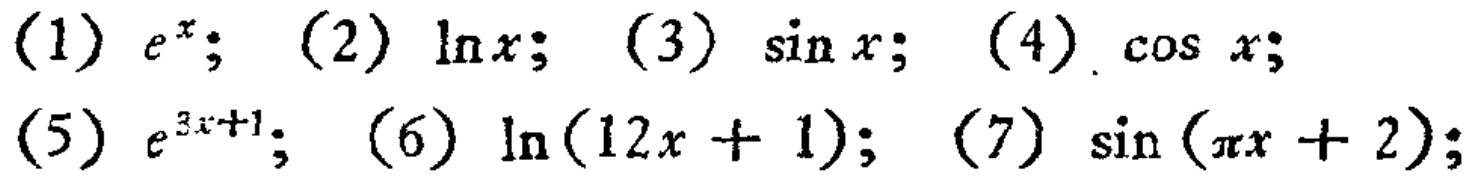
(1) \(e^{x}\); (2) \(\ln x\); (3) \(\sin x\); (4) \(\cos x\); (5) \(e^{3x + 1}\); (6) \(\ln(12x + 1)\); (7) \(\sin(\pi x+2)\);